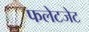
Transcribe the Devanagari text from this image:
फलेटजेट